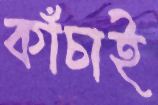
কাঁচাই